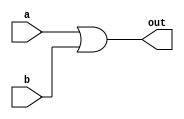
`timescale 1ns / 1ps
//////////////////////////////////////////////////////////////////////////////////
// Company: 
// Engineer: 
// 
// Design Name: 
// Module Name: or_str
// Project Name: 
// Target Devices: 
// Tool Versions: 
// Description: 
// 
// Dependencies: 
// 
// Revision:
// Revision 0.01 - File Created
// Additional Comments:
// 
//////////////////////////////////////////////////////////////////////////////////


module or_str(input a, input b, output out);

    or or_a(out, a, b);
    
endmodule